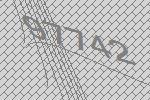
97742